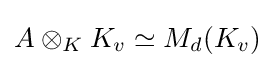
A\otimes _{K}K_{v}\simeq M_{d}(K_{v})